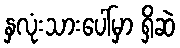
နှလုံးသားပေါ်မှာ ရှိဆဲ